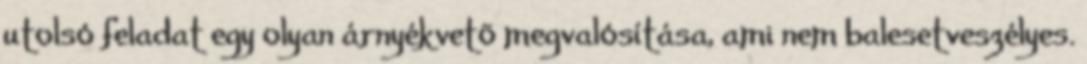
utolsó feladat egy olyan árnyékvetõ megvalósítása, ami nem balesetveszélyes.